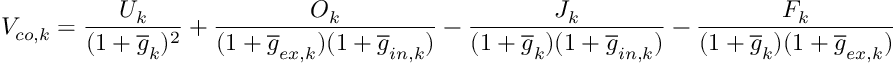
V _ { c o , k } = \frac { U _ { k } } { ( 1 + \overline { { g } } _ { k } ) ^ { 2 } } + \frac { O _ { k } } { ( 1 + \overline { { g } } _ { e x , k } ) ( 1 + \overline { { g } } _ { i n , k } ) } - \frac { J _ { k } } { ( 1 + \overline { { g } } _ { k } ) ( 1 + \overline { { g } } _ { i n , k } ) } - \frac { F _ { k } } { ( 1 + \overline { { g } } _ { k } ) ( 1 + \overline { { g } } _ { e x , k } ) }